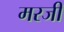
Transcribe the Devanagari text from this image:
मरजी